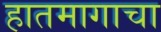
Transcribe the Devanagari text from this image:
हातमागाचा